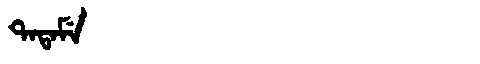
Manchu: ᡨᠠᡨᠠᠮᡝ
Romanization: TATAME